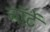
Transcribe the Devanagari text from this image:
नॉर्टे